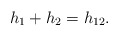
\begin{align*}h_{1}+h_{2}=h_{12}.\end{align*}